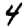
Digit: 4